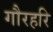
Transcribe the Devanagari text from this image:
गौरहरि